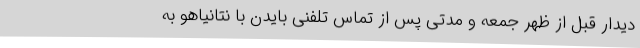
دیدار قبل از ظهر جمعه و مدتی پس از تماس تلفنی بایدن با نتانیاهو به